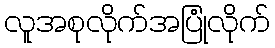
လူအစုလိုက်အပြုံလိုက်